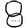
Digit: 8